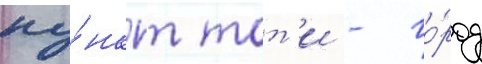
пу́нкт тот'и - го́род